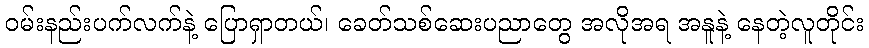
ဝမ်းနည်းပက်လက်နဲ့ ပြောရှာတယ်၊ ခေတ်သစ်ဆေးပညာတွေ အလိုအရ အနူနဲ့ နေတဲ့လူတိုင်း